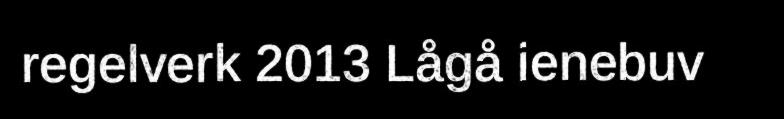
regelverk 2013 Lågå ienebuv